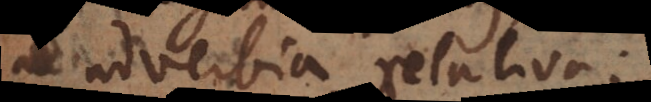
et adverbia relativa: